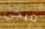
فيجي